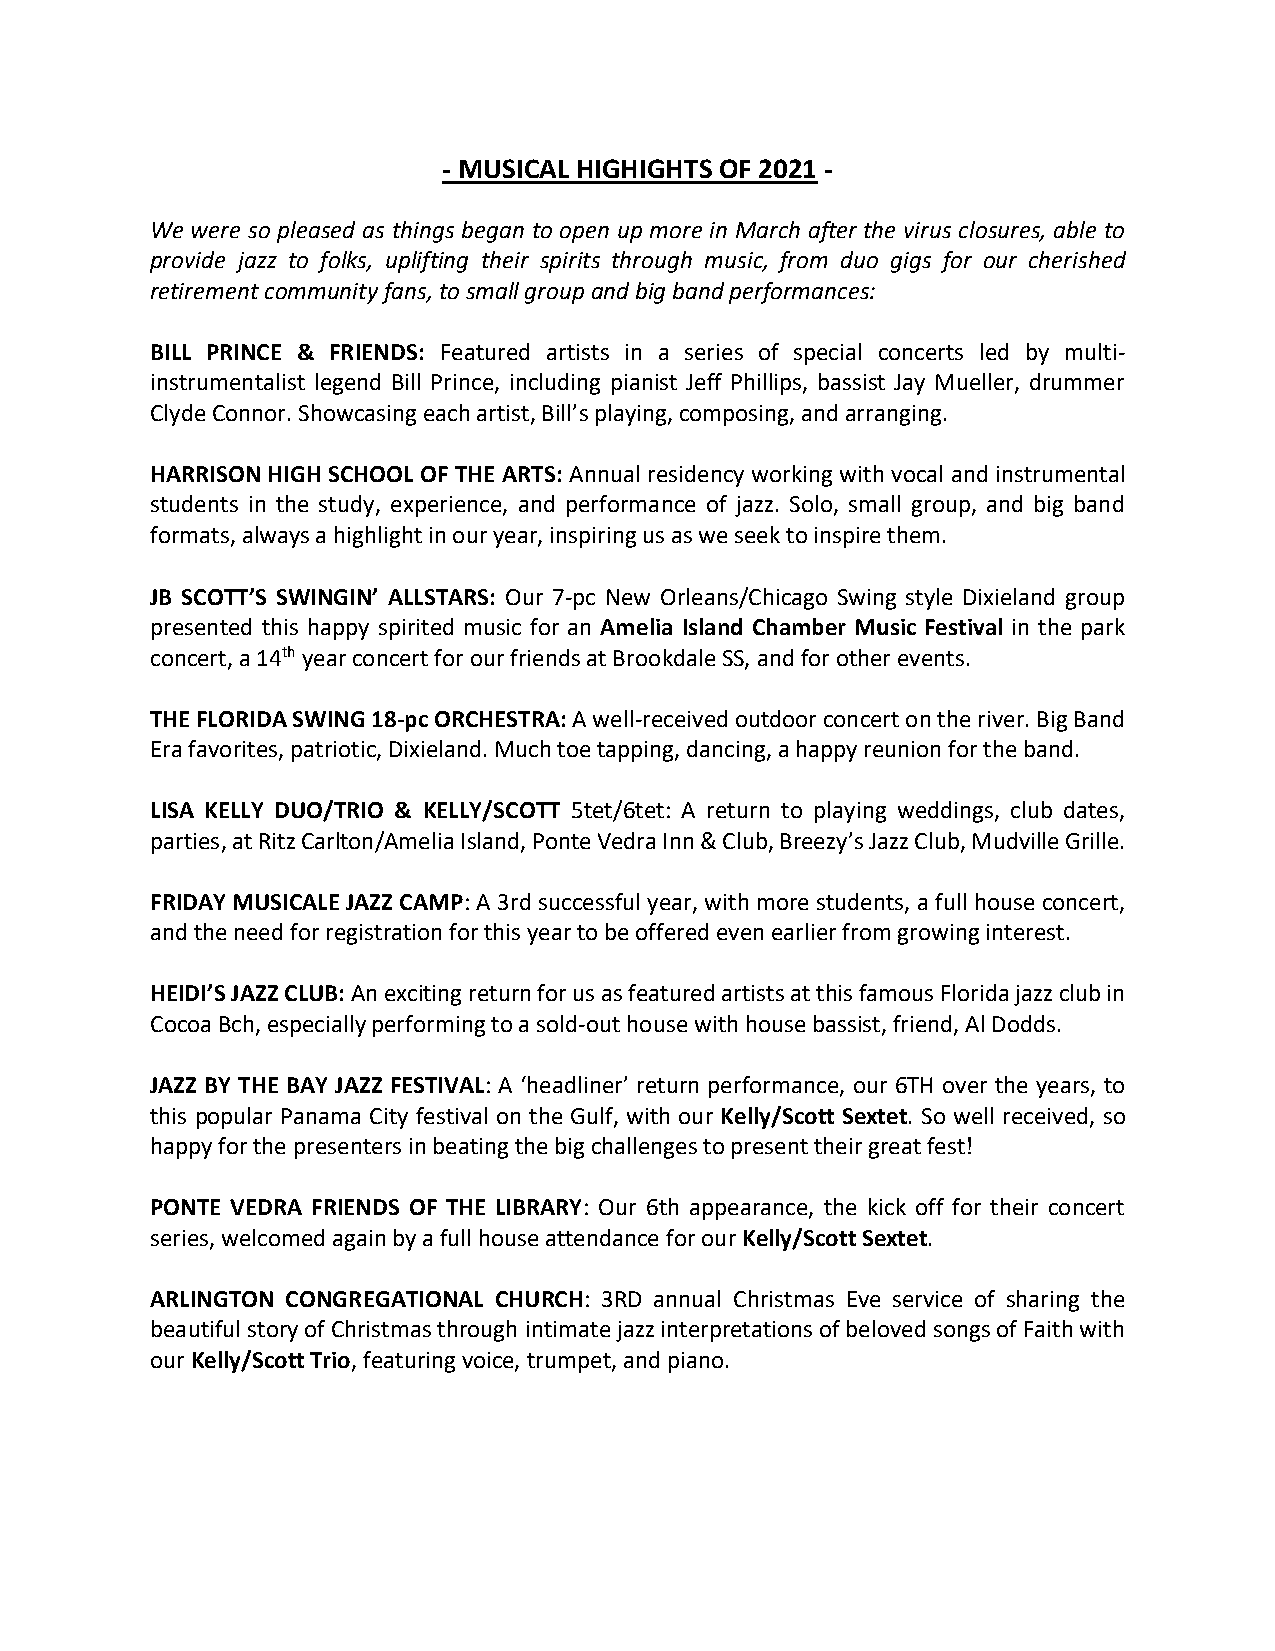
- MUSICAL HIGHIGHTS OF 2021 -
 We were so pleased as things began to open up more in March after the virus closures, able to
 provide jazz to folks, uplifting their spirits through music, from duo gigs for our cherished
 retirement community fans, to small group and big band performances:
 BILL PRINCE & FRIENDS: Featured artists in a series of special concerts led by multi-
 instrumentalist legend Bill Prince, including pianist Jeff Phillips, bassist Jay Mueller, drummer
 Clyde Connor. Showcasing each artist, Bill’s playing, composing, and arranging.
 HARRISON HIGH SCHOOL OF THE ARTS: Annual residency working with vocal and instrumental
 students in the study, experience, and performance of jazz. Solo, small group, and big band
 formats, always a highlight in our year, inspiring us as we seek to inspire them.
 JB SCOTT’S SWINGIN’ ALLSTARS: Our 7-pc New Orleans/Chicago Swing style Dixieland group
 presented this happy spirited music for an Amelia Island Chamber Music Festival in the park
 concert, a 14th year concert for our friends at Brookdale SS, and for other events.
 THE FLORIDA SWING 18-pc ORCHESTRA: A well-received outdoor concert on the river. Big Band
 Era favorites, patriotic, Dixieland. Much toe tapping, dancing, a happy reunion for the band.
 LISA KELLY DUO/TRIO & KELLY/SCOTT 5tet/6tet: A return to playing weddings, club dates,
 parties, at Ritz Carlton/Amelia Island, Ponte Vedra Inn & Club, Breezy’s Jazz Club, Mudville Grille.
 FRIDAY MUSICALE JAZZ CAMP: A 3rd successful year, with more students, a full house concert,
 and the need for registration for this year to be offered even earlier from growing interest.
 HEIDI’S JAZZ CLUB: An exciting return for us as featured artists at this famous Florida jazz club in
 Cocoa Bch, especially performing to a sold-out house with house bassist, friend, Al Dodds.
 JAZZ BY THE BAY JAZZ FESTIVAL: A ‘headliner’ return performance, our 6TH over the years, to
 this popular Panama City festival on the Gulf, with our Kelly/Scott Sextet. So well received, so
 happy for the presenters in beating the big challenges to present their great fest!
 PONTE VEDRA FRIENDS OF THE LIBRARY: Our 6th appearance, the kick off for their concert
 series, welcomed again by a full house attendance for our Kelly/Scott Sextet.
 ARLINGTON CONGREGATIONAL CHURCH: 3RD annual Christmas Eve service of sharing the
 beautiful story of Christmas through intimate jazz interpretations of beloved songs of Faith with
 our Kelly/Scott Trio, featuring voice, trumpet, and piano.